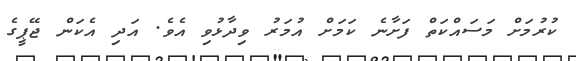
ކުރުމަށް މަސައްކަތް ފަށާނެ ކަމަށް އުމަރު ވިދާޅުވި އެވެ. އަދި އެކަން ޖޭޕީގެ